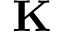
\mathbf { K }